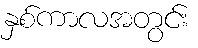
နှစ်ကာလအတွင်း